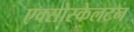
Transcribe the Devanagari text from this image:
एक्सोस्केलटन